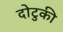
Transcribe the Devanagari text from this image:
दोटुकी